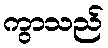
ကွာသည်